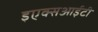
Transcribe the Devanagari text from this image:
इएक्सआईटी